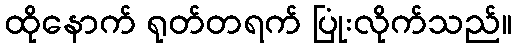
ထိုနောက် ရုတ်တရက် ပြုံးလိုက်သည်။